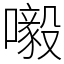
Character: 𡃀